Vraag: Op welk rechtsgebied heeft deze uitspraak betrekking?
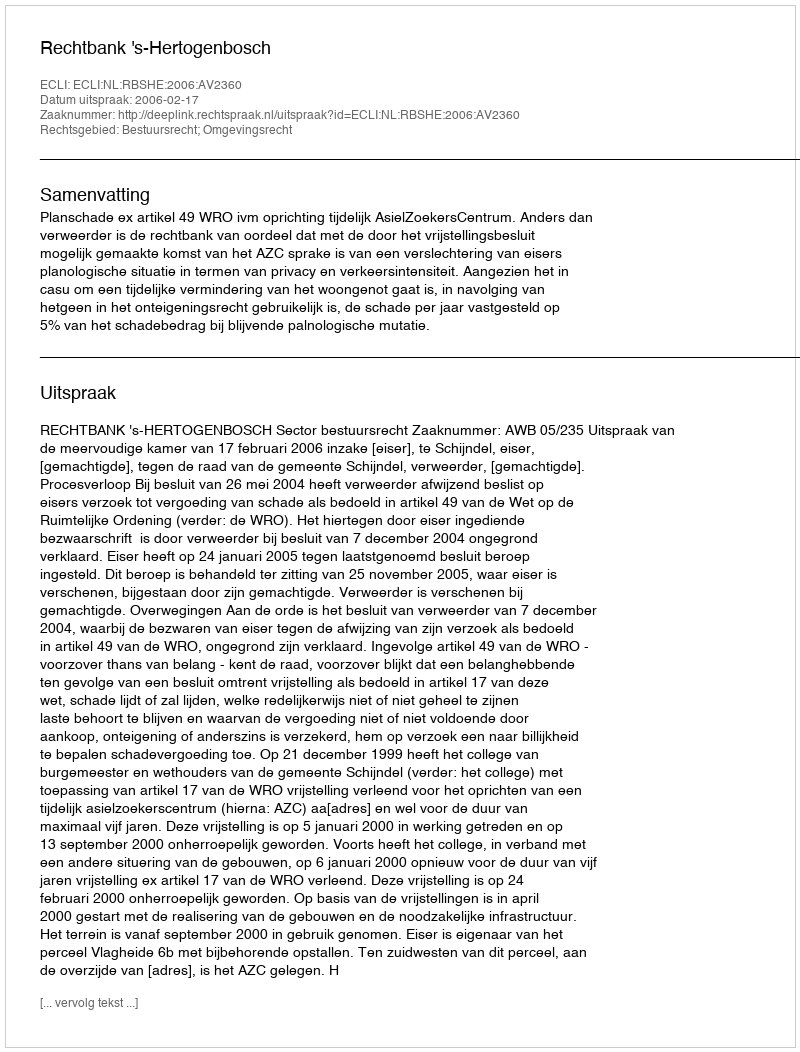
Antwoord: Bestuursrecht; Omgevingsrecht